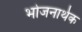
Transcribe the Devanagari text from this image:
भोजनार्थक